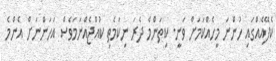
ކެފޭއެއްގައި ހުންނަ މީހެއްކަމަށް ވަނީ. ކިތަންމެ ދެރަ ނިކަމެތި ކުއްޖެއްނަމަވެސް އަހަންނަށް އެންމެ